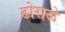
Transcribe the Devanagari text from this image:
ढोराळे